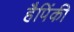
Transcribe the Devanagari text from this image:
हैपिंकी